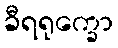
ခီရရုက္ခော